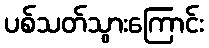
ပစ်သတ်သွားကြောင်း